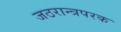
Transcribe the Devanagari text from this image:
जठरान्त्रपरक